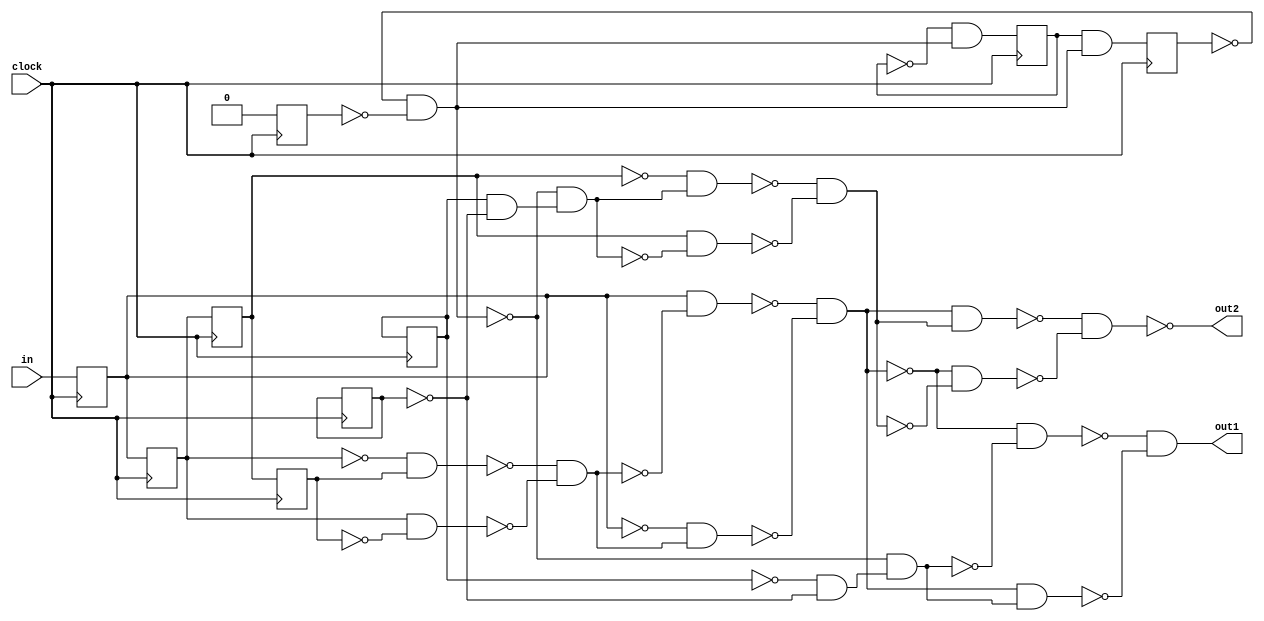
// Benchmark "Convolutional_Code_4" written by ABC on Mon Nov 24 10:11:32 2014

module Convolutional_Code_4 ( clock, 
    in,
    out1, out2  );
  input  clock;
  input  in;
  output out1, out2;
  reg Convolutional_Code_4_r0 , Convolutional_Code_4_r1 ,
    Convolutional_Code_4_r2 , Convolutional_Code_4_r3 ,
    \Convolutional_Code_4|noise(3)|r0 , \Convolutional_Code_4|noise(3)|r1 ,
    \Convolutional_Code_4|noise(3)|x0 , \Convolutional_Code_4|noise(3)|x1 ,
    \Convolutional_Code_4|noise(3)|x2 ;
  wire n31, n32, n33, n34, n35, n36, n37, n38, n39, n40, n41, n42, n44, n45,
    n46, n47, n48, n49, n50, n51, n8, n13, n18_1, n23, n28, n33_1, n38_1,
    n43, n48_2;
  assign n31 = 1'b1;
  assign n32 = ~Convolutional_Code_4_r1  & Convolutional_Code_4_r3 ;
  assign n33 = Convolutional_Code_4_r1  & ~Convolutional_Code_4_r3 ;
  assign n34 = ~n32 & ~n33;
  assign n35 = Convolutional_Code_4_r0  & ~n34;
  assign n36 = ~Convolutional_Code_4_r0  & n34;
  assign n37 = ~n35 & ~n36;
  assign n38 = ~\Convolutional_Code_4|noise(3)|x1  & ~\Convolutional_Code_4|noise(3)|x2 ;
  assign n39 = ~\Convolutional_Code_4|noise(3)|r0  & ~\Convolutional_Code_4|noise(3)|r1 ;
  assign n40 = ~n38 & n39;
  assign n41 = ~n37 & ~n40;
  assign n42 = n37 & n40;
  assign out1 = ~n41 & ~n42;
  assign n44 = \Convolutional_Code_4|noise(3)|r0  & ~\Convolutional_Code_4|noise(3)|r1 ;
  assign n45 = ~n38 & n44;
  assign n46 = ~Convolutional_Code_4_r2  & n45;
  assign n47 = Convolutional_Code_4_r2  & ~n45;
  assign n48 = ~n46 & ~n47;
  assign n49 = n37 & n48;
  assign n50 = ~n37 & ~n48;
  assign n51 = ~n49 & ~n50;
  assign n38_1 = ~\Convolutional_Code_4|noise(3)|x0  & n38;
  assign n43 = \Convolutional_Code_4|noise(3)|x0  & n38;
  assign out2 = ~n51;
  assign n8 = in;
  assign n13 = Convolutional_Code_4_r0 ;
  assign n18_1 = Convolutional_Code_4_r1 ;
  assign n23 = Convolutional_Code_4_r2 ;
  assign n28 = \Convolutional_Code_4|noise(3)|r0 ;
  assign n33_1 = \Convolutional_Code_4|noise(3)|r1 ;
  assign n48_2 = ~n31;
  always @ (posedge clock) begin
    Convolutional_Code_4_r0  <= n8;
    Convolutional_Code_4_r1  <= n13;
    Convolutional_Code_4_r2  <= n18_1;
    Convolutional_Code_4_r3  <= n23;
    \Convolutional_Code_4|noise(3)|r0  <= n28;
    \Convolutional_Code_4|noise(3)|r1  <= n33_1;
    \Convolutional_Code_4|noise(3)|x0  <= n38_1;
    \Convolutional_Code_4|noise(3)|x1  <= n43;
    \Convolutional_Code_4|noise(3)|x2  <= n48_2;
  end
  initial begin
    Convolutional_Code_4_r0  <= 1'b0;
    Convolutional_Code_4_r1  <= 1'b0;
    Convolutional_Code_4_r2  <= 1'b0;
    Convolutional_Code_4_r3  <= 1'b0;
  end
endmodule